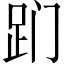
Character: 𬦢